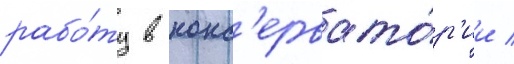
рабо́ту в конс'ервато́р'ии /